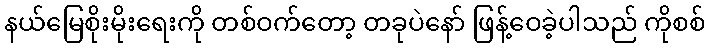
နယ်မြေစိုးမိုးရေးကို တစ်ဝက်တော့ တခုပဲနော် ဖြန့်ဝေခဲ့ပါသည် ကိုစစ်